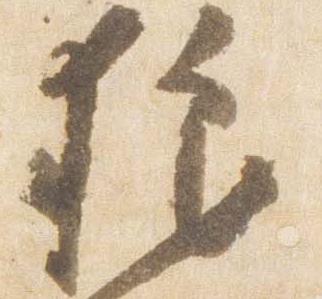
狼